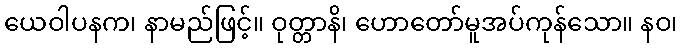
ယေဝါပနက၊ နာမည်ဖြင့်။ ဝုတ္တာနိ၊ ဟောတော်မူအပ်ကုန်သော။ နဝ၊